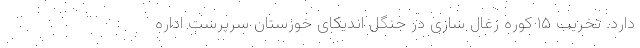
دارد. تخریب ۱۵ کوره زغال سازی در جنگل اندیکای خوزستان سرپرست اداره